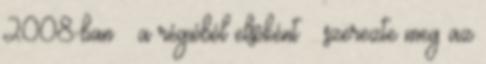
2008-ban – a régióból elsôként – szerezte meg az